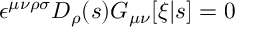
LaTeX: \epsilon ^ { \mu \nu \rho \sigma } { \cal D } _ { \rho } ( s ) G _ { \mu \nu } [ \xi | s ] = 0